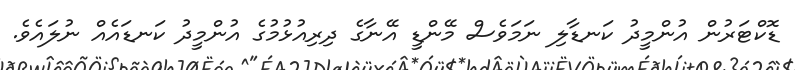
ޑޮކްޓަރުން އުންމީދު ކަނޑާލި ނަމަަވެސް މޭންޑީ އޭނާގެ ދިރިއުޅުމުގެ އުންމީދު ކަނޑައެއް ނުލައެވެ.